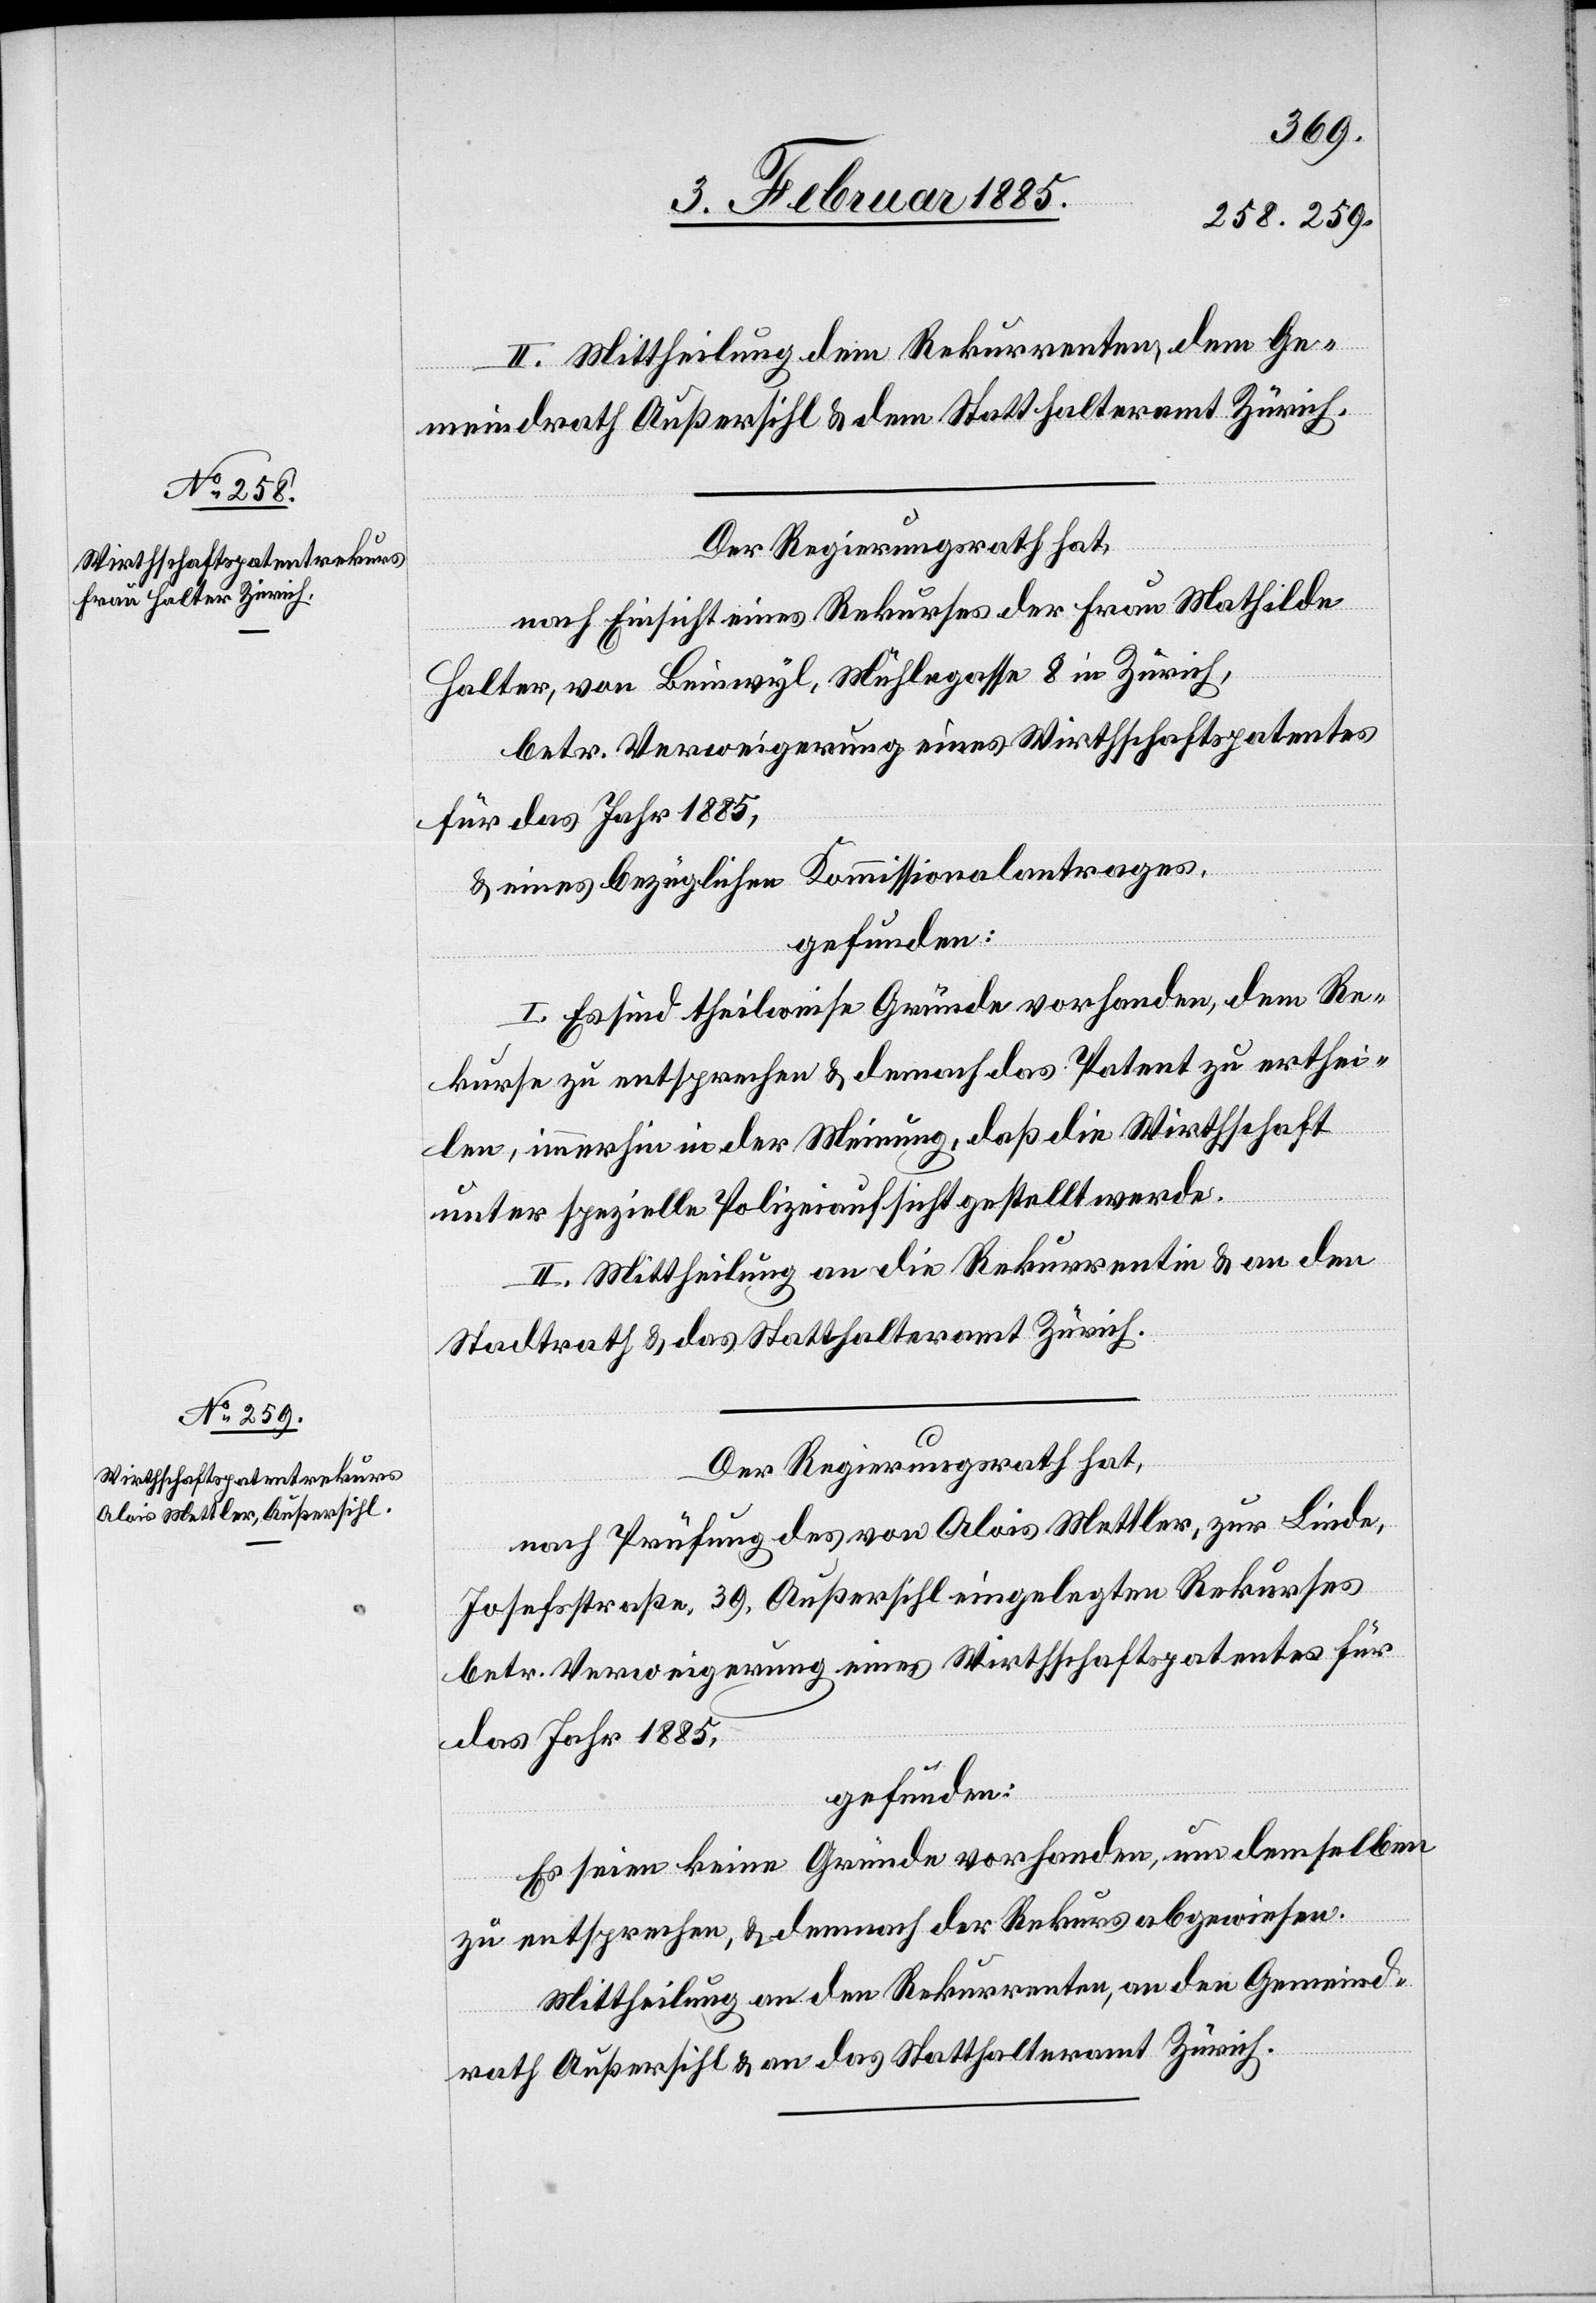
II. Mittheilung dem Rekurrenten, dem Ge¬
meindrath Außersihl & dem Statthalteramt Zürich.
Der Regierungsrath hat,
nach Einsicht eines Rekurses der Frau Mathilde
Halter, von Hinwyl, Mühlegasse 8 in Zürich,
betr. Verweigerung eines Wirthschaftspatentes
für das Jahr 1885,
& eines bezüglichen Kommissionalantrages,
gefunden:
I. Es sind theilweise Gründe vorhanden, dem Re¬
kurse zu entsprechen & demnach das Patent zu erthei¬
len in der Meinung, daß die Wirthschaft
unter spezielle Polizeiaufsicht gestellt werde.
II. Mittheilung an die Rekurrentin & an den
Stadtrath & das Statthalteramt Zürich.
Der Regierungsrath hat,
nach Prüfung des von Alois Mettler, zur Linde,
Josefstraße 39, Außersihl eingelegten Rekurses
betr. Verweigerung eines Wirthschaftspatentes für
das Jahr 1885,
gefunden:
Es sind keine Gründe vorhanden, um denselben
zu entsprechen, & demnach der Rekurs abzuweisen.
Mittheilung an die Rekurrenten & an den Gemeind¬
rath Außersihl & an das Statthalteramt Zürich.